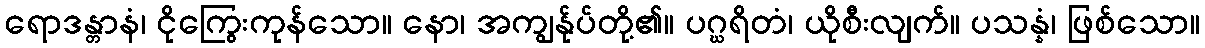
ရောဒန္တာနံ၊ ငိုကြွေးကုန်သော။ နော၊ အကျွန်ုပ်တို့၏။ ပဂ္ဃရိတံ၊ ယိုစီးလျက်။ ပသန္နံ၊ ဖြစ်သော။